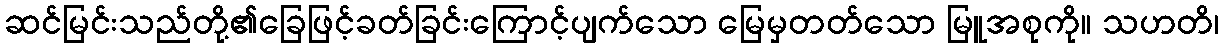
ဆင်မြင်းသည်တို့၏ခြေဖြင့်ခတ်ခြင်းကြောင့်ပျက်သော မြေမှတတ်သော မြူအစုကို။ သဟတိ၊